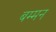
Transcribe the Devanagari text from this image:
बम्मन